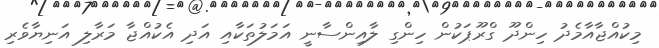
މިކުއްޖާއާމެދު ހިންދޫ ގްރޫޕަކުން ހިންގި ލާއިންސާނީ އަމަލުތަކާއި އަދި އެކުއްޖާ މަރާލި އަނިޔާވެރި